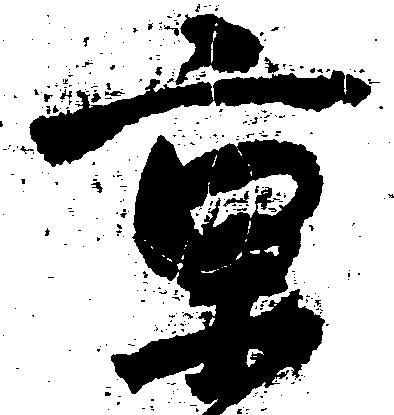
京